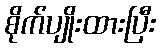
စိုက်ပျိုးထားပြီး